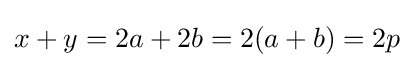
x+y=2a+2b=2(a+b)=2p